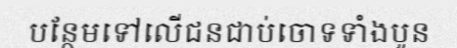
បន្ថែមទៅលើជនជាប់ចោទទាំងបួន